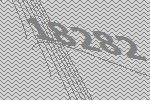
18282